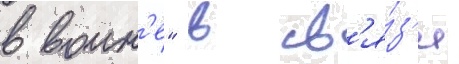
в воин'е" в св'я́з'и